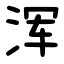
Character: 浑